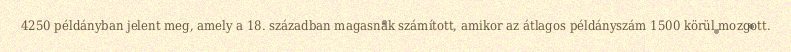
4250 példányban jelent meg, amely a 18. században magasnak számított, amikor az átlagos példányszám 1500 körül mozgott.